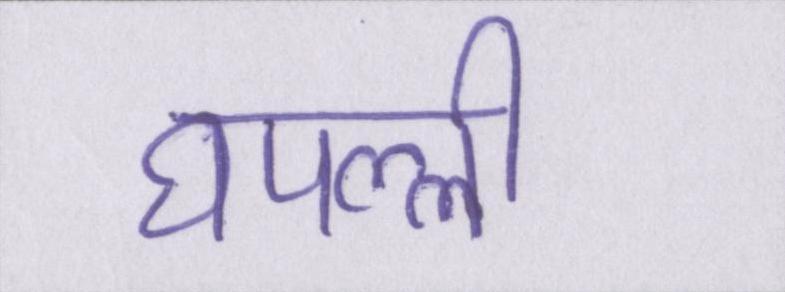
घपल्ली